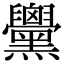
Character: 𪒵